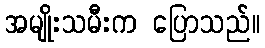
အမျိုးသမီးက ပြောသည်။